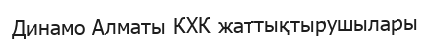
Динамо Алматы КХК жаттықтырушылары